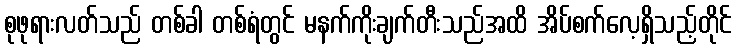
စုဖုရားလတ်သည် တစ်ခါ တစ်ရံတွင် မနက်ကိုးချက်တီးသည်အထိ အိပ်စက်လေ့ရှိသည့်တိုင်